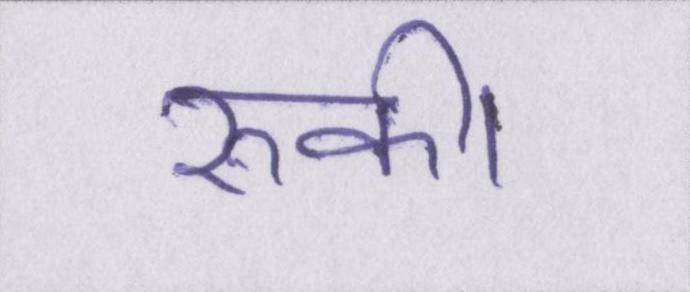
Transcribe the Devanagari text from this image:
रुकी।